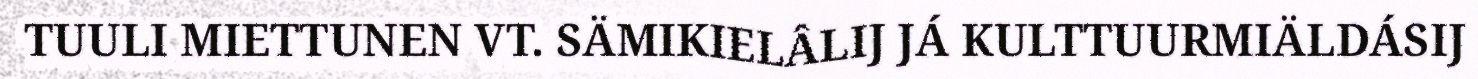
TUULI MIETTUNEN VT. SÄMIKIELÂLIJ JÁ KULTTUURMIÄLDÁSIJ